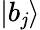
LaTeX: \left|b_{\mathit{j}}\right\rangle